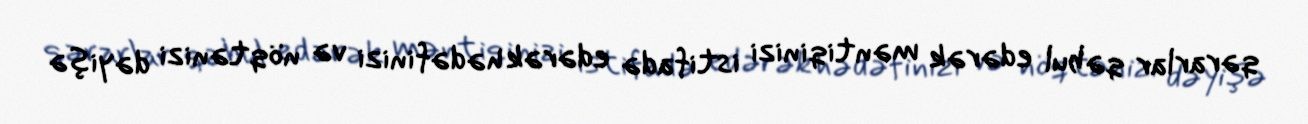
qərarlar qəbul edərək məntiqinizi istifadə edərək hədəfinizi və nöqtənizi dəyişə